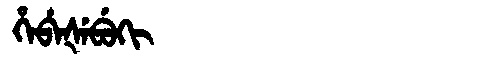
Manchu: ᡥᡝᠪᡝᡧᡝᠪᡠᡴᡳ
Romanization: HEBEŠEBUKI